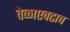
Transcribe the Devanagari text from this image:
वेळाएवढाच